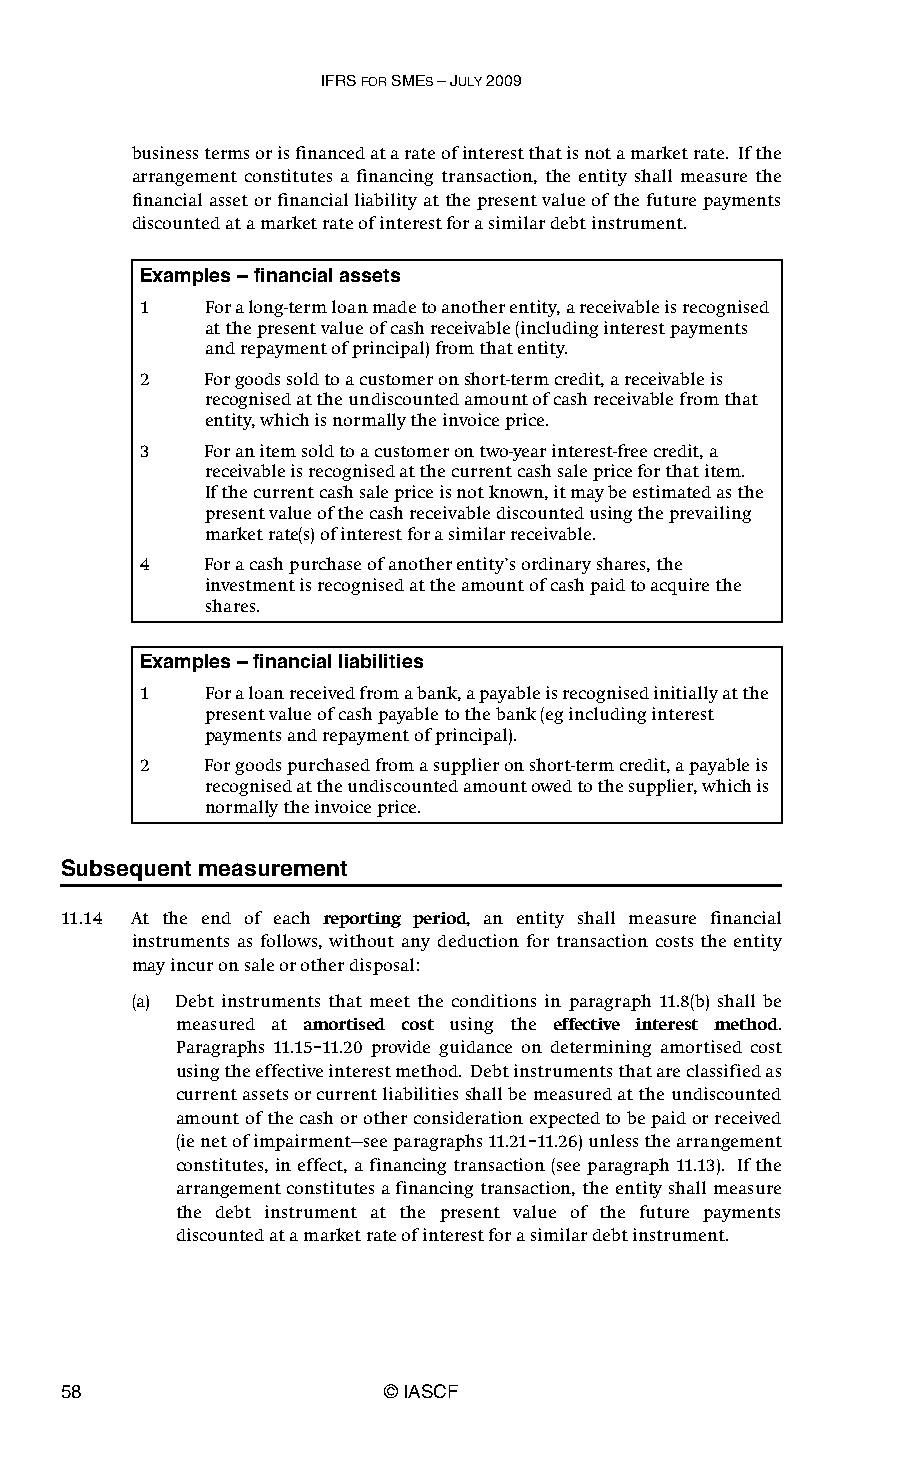
IFRS FOR SMES – JULY 2009
 business terms or is financed at a rate of interest that is not a market rate. If the
 arrangement constitutes a financing transaction, the entity shall measure the
 financial asset or financial liability at the present value of the future payments
 discounted at a market rate of interest for a similar debt instrument.
 Examples – financial assets
 1    For a long-term loan made to another entity, a receivable is recognised
 at the present value of cash receivable (including interest payments
 and repayment of principal) from that entity.
 2    For goods sold to a customer on short-term credit, a receivable is
 recognised at the undiscounted amount of cash receivable from that
 entity, which is normally the invoice price.
 3    For an item sold to a customer on two-year interest-free credit, a
 receivable is recognised at the current cash sale price for that item.
 Ifthe current cash sale price is not known, it may be estimated as the
 present value of the cash receivable discounted using the prevailing
 market rate(s) of interest for a similar receivable.
 4    For a cash purchase of another entity’s ordinary shares, the
 investment is recognised at the amount of cash paid to acquire the
 shares.
 Examples – financial liabilities
 1    For a loan received from a bank, a payable is recognised initially at the
 present value of cash payable to the bank (eg including interest
 payments and repayment of principal).
 2    For goods purchased from a supplier on short-term credit, a payable is
 recognised at the undiscounted amount owed to the supplier, which is
 normally the invoice price.
 Subsequent measurement
 11.14 At the end of each reporting period, an entity shall measure financial
 instruments as follows, without any deduction for transaction costs the entity
 may incur on sale or other disposal:
 (a) Debt instruments that meet the conditions in paragraph 11.8(b) shall be
 measured at amortised cost using the effective interest method.
 Paragraphs 11.15–11.20 provide guidance on determining amortised cost
 using the effective interest method. Debt instruments that are classified as
 current assets or current liabilities shall be measured at the undiscounted
 amount of the cash or other consideration expected to be paid or received
 (ie net of impairment—see paragraphs 11.21–11.26) unless the arrangement
 constitutes, in effect, a financing transaction (see paragraph 11.13). If the
 arrangement constitutes a financing transaction, the entity shall measure
 the debt instrument at the present value of the future payments
 discounted at a market rate of interest for a similar debt instrument.
 58                    © IASCF